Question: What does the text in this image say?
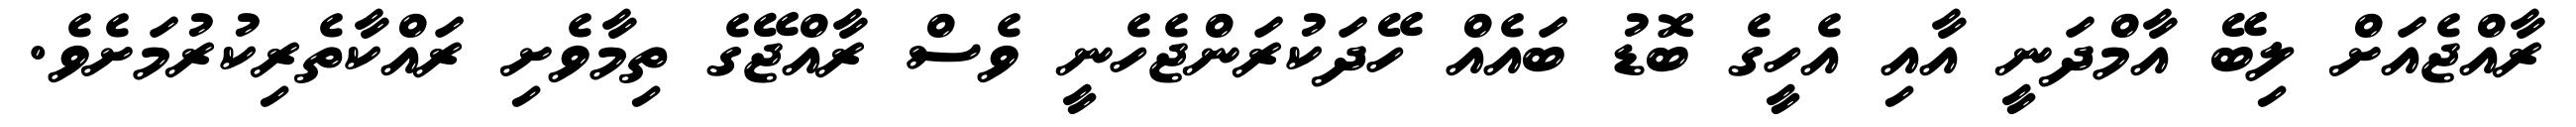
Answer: ރާއްޖެއަށް ލިބޭ އާމްދަނީ އާއި އެހީގެ ބޮޑު ބައެއް ހޭދަކުރަންޖެހެނީ ވެސް ރާއްޖޭގެ ތިމާވެށި ރައްކާތެރިކުރުމަށެވެ.